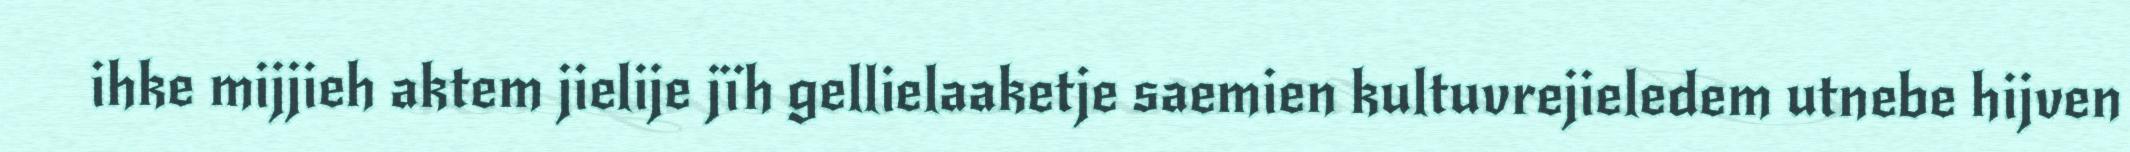
ihke mijjieh aktem jielije jïh gellielaaketje saemien kultuvrejieledem utnebe hijven